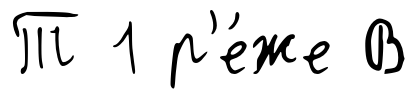
Т 1 р'е́же В